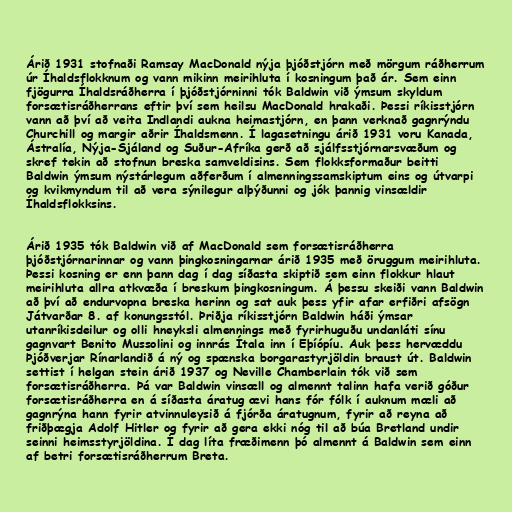
Árið 1931 stofnaði Ramsay MacDonald nýja þjóðstjórn með mörgum ráðherrum
úr Íhaldsflokknum og vann mikinn meirihluta í kosningum það ár. Sem einn
fjögurra Íhaldsráðherra í þjóðstjórninni tók Baldwin við ýmsum skyldum
forsætisráðherrans eftir því sem heilsu MacDonald hrakaði. Þessi ríkisstjórn
vann að því að veita Indlandi aukna heimastjórn, en þann verknað gagnrýndu
Churchill og margir aðrir Íhaldsmenn. Í lagasetningu árið 1931 voru Kanada,
Ástralía, Nýja-Sjáland og Suður-Afríka gerð að sjálfsstjórnarsvæðum og
skref tekin að stofnun breska samveldisins. Sem flokksformaður beitti
Baldwin ýmsum nýstárlegum aðferðum í almenningssamskiptum eins og útvarpi
og kvikmyndum til að vera sýnilegur alþýðunni og jók þannig vinsældir
Íhaldsflokksins.

Árið 1935 tók Baldwin við af MacDonald sem forsætisráðherra
þjóðstjórnarinnar og vann þingkosningarnar árið 1935 með öruggum meirihluta.
Þessi kosning er enn þann dag í dag síðasta skiptið sem einn flokkur hlaut
meirihluta allra atkvæða í breskum þingkosningum. Á þessu skeiði vann Baldwin
að því að endurvopna breska herinn og sat auk þess yfir afar erfiðri afsögn
Játvarðar 8. af konungsstól. Þriðja ríkisstjórn Baldwin háði ýmsar
utanríkisdeilur og olli hneyksli almennings með fyrirhuguðu undanláti sínu
gagnvart Benito Mussolini og innrás Ítala inn í Eþíópíu. Auk þess hervæddu
Þjóðverjar Rínarlandið á ný og spænska borgarastyrjöldin braust út. Baldwin
settist í helgan stein árið 1937 og Neville Chamberlain tók við sem
forsætisráðherra. Þá var Baldwin vinsæll og almennt talinn hafa verið góður
forsætisráðherra en á síðasta áratug ævi hans fór fólk í auknum mæli að
gagnrýna hann fyrir atvinnuleysið á fjórða áratugnum, fyrir að reyna að
friðþægja Adolf Hitler og fyrir að gera ekki nóg til að búa Bretland undir
seinni heimsstyrjöldina. Í dag líta fræðimenn þó almennt á Baldwin sem einn
af betri forsætisráðherrum Breta.